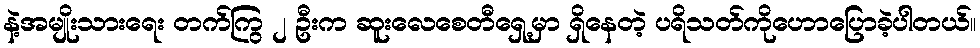
နဲ့အမျိုးသားရေး တက်ကြွ ၂ ဦးက ဆူးလေစေတီရှေ့မှာ ရှိနေတဲ့ ပရိသတ်ကိုဟောပြောခဲ့ပါတယ်။